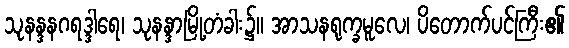
သုနန္ဒနဂရဒ္ဒါရေ၊ သုနန္ဒာမြို့တံခါး၌။ အာသနရုက္ခမူလေ၊ ပိတောက်ပင်ကြီး၏